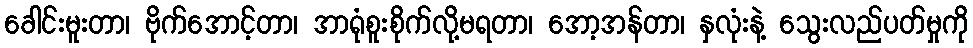
ခေါင်းမူးတာ၊ ဗိုက်အောင့်တာ၊ အာရုံစူးစိုက်လို့မရတာ၊ အော့အန်တာ၊ နှလုံးနဲ့ သွေးလည်ပတ်မှုကို